65_HS1-834228961_62-HQ-83894_Section_4
Agency: FBI
Page 171
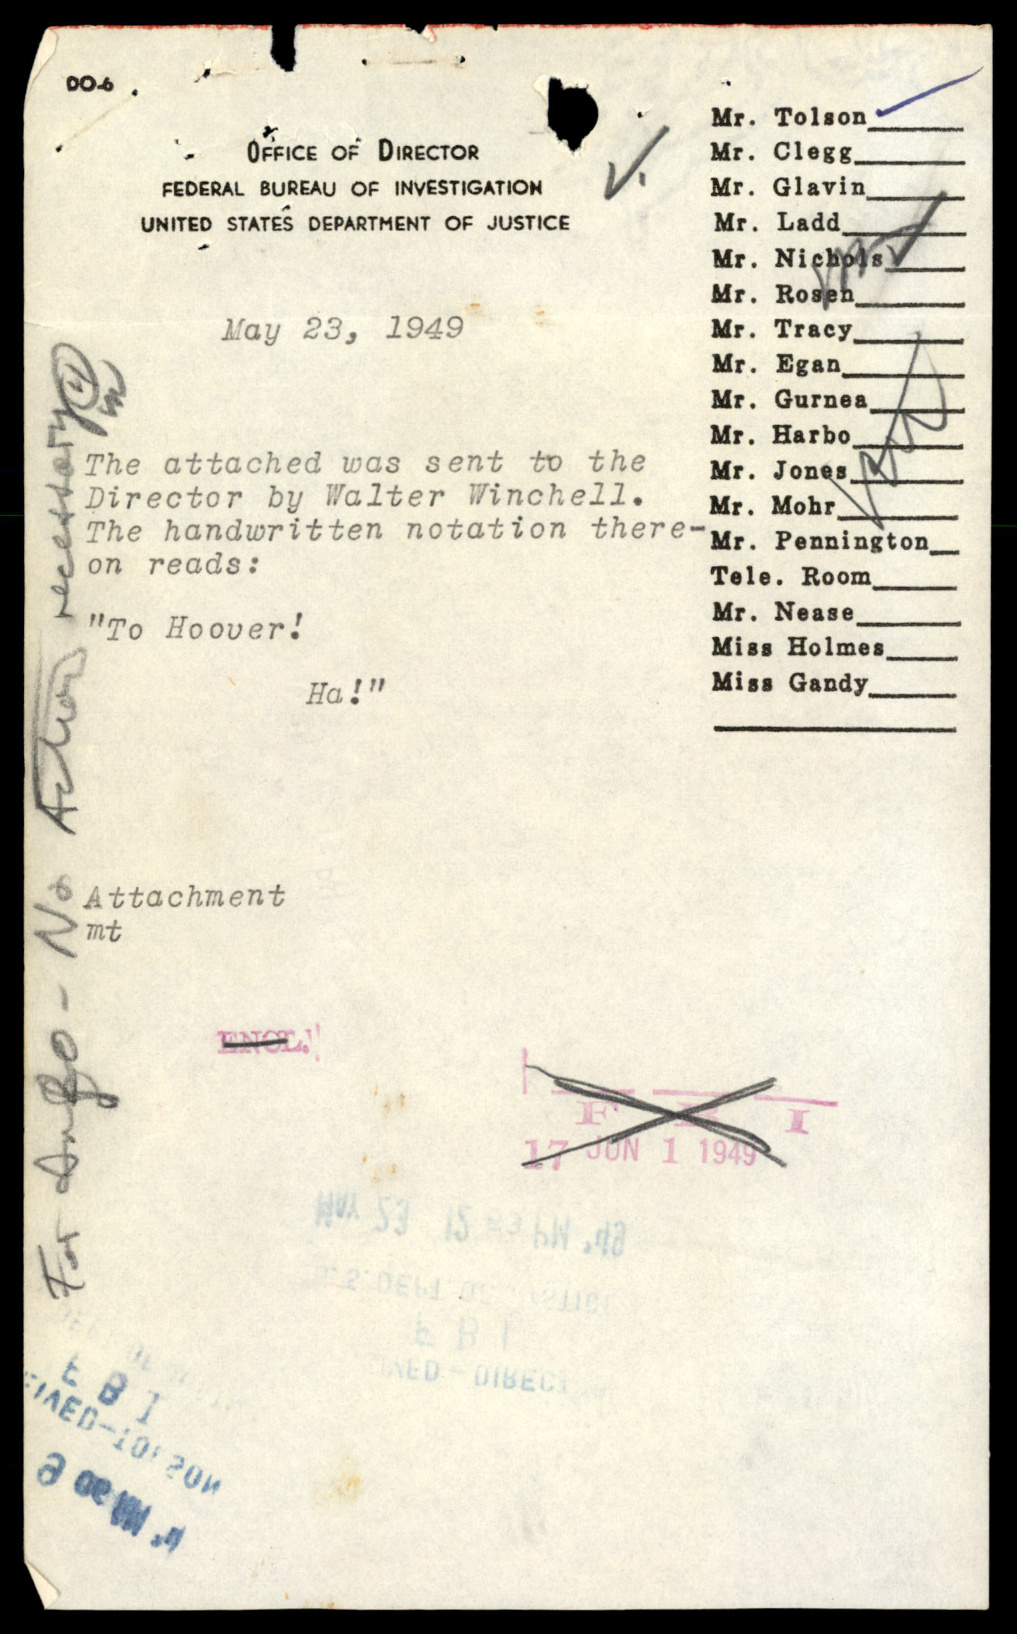